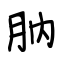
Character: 肭